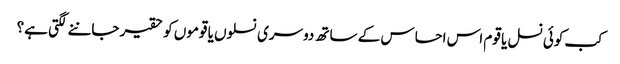
کب کوئی نسل یا قوم اس احساس کے ساتھ دوسری نسلوں یا قوموں کو حقیر جاننے لگتی ہے؟